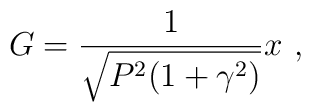
G = \frac{1}{\sqrt{P^2(1+\gamma^2)}} x \ ,